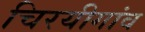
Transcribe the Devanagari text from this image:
चिरयीगांव